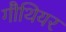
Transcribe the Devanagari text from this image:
गौथियर